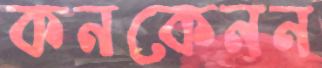
কনকেনন